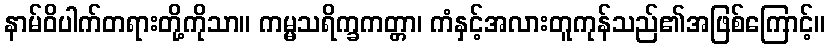
နာမ်ဝိပါက်တရားတို့ကိုသာ။ ကမ္မသရိက္ခကတ္တာ၊ ကံနှင့်အလားတူကုန်သည်၏အဖြစ်ကြောင့်။